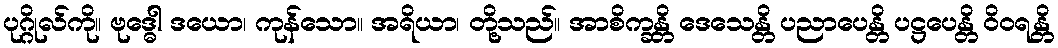
ပုဂ္ဂိုလ်ကို။ ဗုဒ္ဓေါ ဒယော၊ ကုန်သော။ အရိယာ၊ တို့သည်။ အာစိက္ခန္တိ ဒေသေန္တိ ပညာပေန္တိ ပဋ္ဌပေန္တိ ဝိဝရန္တိ